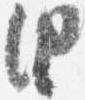
由